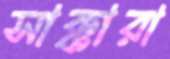
সাক্কারা